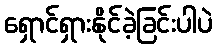
ရှောင်ရှားနိုင်ခဲ့ခြင်းပါပဲ